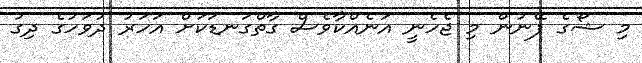
މި ޝޯގެ ފޭނުން މި ޖެހެނީ އަނެއްކާވެސް ގާތްގަނޑަކަށް އަހަރު ދުވަހުގެ ދިގު